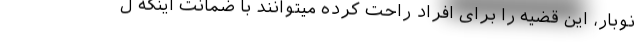
نوبار، این قضیه را برای افراد راحت کرده میتوانند با ضمانت اینکه ل